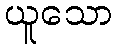
ယူသော